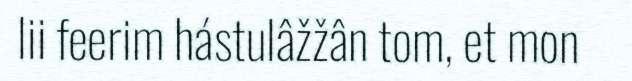
lii feerim hástulâžžân tom, et mon